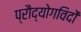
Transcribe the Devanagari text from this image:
प्रौद्योगविदों